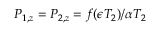
P _ { 1 , z } = P _ { 2 , z } = f ( \epsilon T _ { 2 } ) / \alpha T _ { 2 }